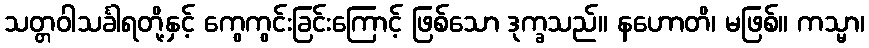
သတ္တဝါသင်္ခါရတို့နှင့် ကွေကွင်းခြင်းကြောင့် ဖြစ်သော ဒုက္ခသည်။ နဟောတိ၊ မဖြစ်။ ကသ္မာ၊